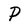
Character: P